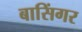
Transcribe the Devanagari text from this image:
बासिंगर